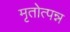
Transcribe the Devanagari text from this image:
मृतोत्पन्न